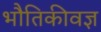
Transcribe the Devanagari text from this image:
भौतिकीवज्ञ